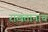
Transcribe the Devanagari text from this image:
राखतानाच